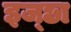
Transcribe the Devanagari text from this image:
इज्छा